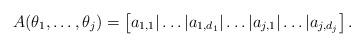
LaTeX: \begin{align*} A(\theta_1,\ldots,\theta_j)=\left[ a_{1,1} | \dots |a_{1,d_1}|\dots |a_{j,1}| \dots | a_{j,d_j} \right]. \end{align*}